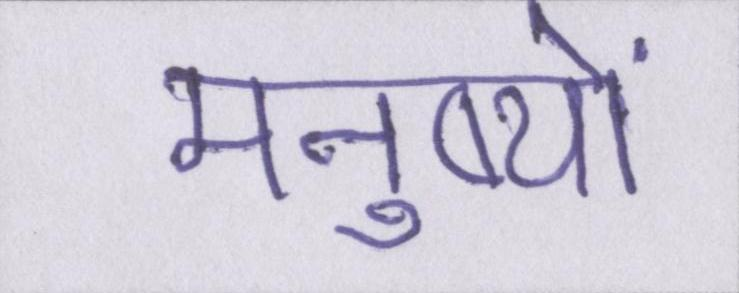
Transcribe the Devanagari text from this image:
मनुष्यों